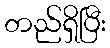
တည်ရှိပြီး